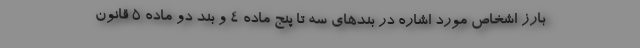
بارز اشخاص مورد اشاره در بندهای سه تا پنج ماده 4 و بند دو ماده 5 قانون